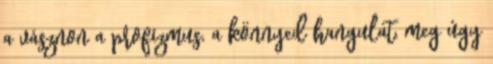
a vásznon a profizmus, a könnyed hangulat, meg úgy